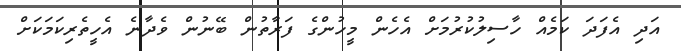
އަދި އެފަދަ ކަމެއް ހާސިލުކުރުމަށް އެހެން މީހުންގެ ފަރާތުން ބޭނުން ވެދާނެ އެހީތެރިކަމަކަށް